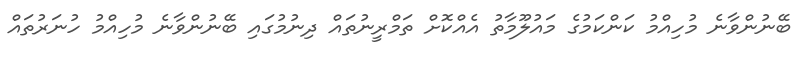
ބޭނުންވާނެ މުހިއްމު ކަންކަމުގެ މައުލޫމާތު އެއްކޮށް ތަމްރީނުތައް ދިނުމުގައި ބޭނުންވާނެ މުހިއްމު ހުނަރުތައް